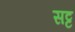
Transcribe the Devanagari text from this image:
सट्ट